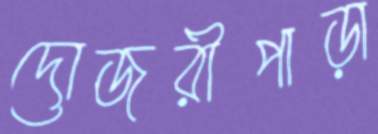
দোজরীপাড়া